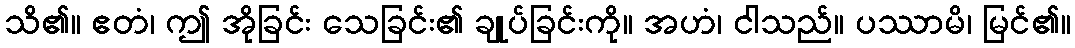
သိ၏။ ဧတံ၊ ဤ အိုခြင်း သေခြင်း၏ ချုပ်ခြင်းကို။ အဟံ၊ ငါသည်။ ပဿာမိ၊ မြင်၏။